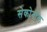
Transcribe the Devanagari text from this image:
सेकोनॉल